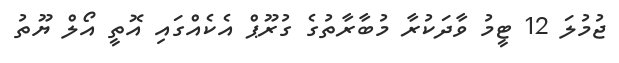
ޖުމުލަ 12 ޓީމު ވާދަކުރާ މުބާރާތުގެ ގުރޫޕް އެކެއްގައި އޮތީ އޯލް ޔޫތު